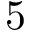
5